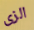
الزى